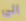
الى